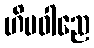
ဟိမဝါညေ